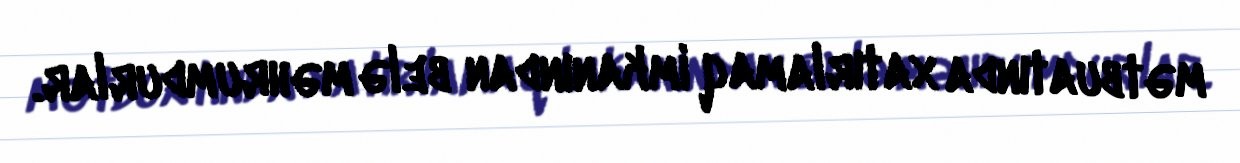
mətbuatında xatırlamaq imkanından belə məhrumdurlar.